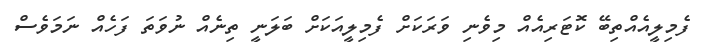
ފެމިލީއެއްތިބޭ ކޮޓަރިއެއް މިވެނި ވަރަކަށް ފެމިލީއަކަށް ބަލަނީ ތިނެއް ނުވަތަ ފަހެއް ނަމަވެސް